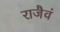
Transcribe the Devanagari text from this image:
राजैवं